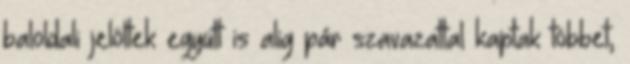
baloldali jelöltek együtt is alig pár szavazattal kaptak többet,